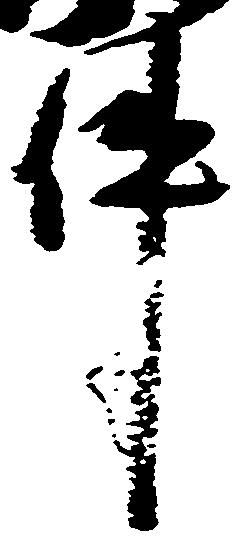
件